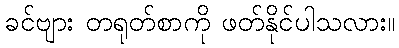
ခင်ဗျား တရုတ်စာကို ဖတ်နိုင်ပါသလား။